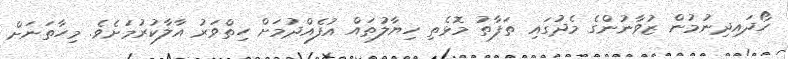
ހޯދައިދިނުމުން ޒުވާނުންގެ މެދުގައި ތަފާތު މޮޅެތި ހިޔާލުތައް އުފެއްދުމަށް ހިތްވަރު އާލާކުރުމަށެވެ. މިހާތަނަށް